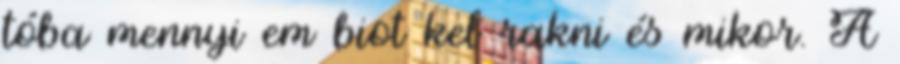
tóba mennyi em biot kel rakni és mikor. A